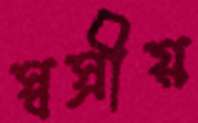
স্বস্রীয়